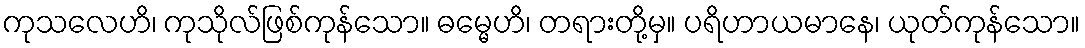
ကုသလေဟိ၊ ကုသိုလ်ဖြစ်ကုန်သော။ ဓမ္မေဟိ၊ တရားတို့မှ။ ပရိဟာယမာနေ၊ ယုတ်ကုန်သော။